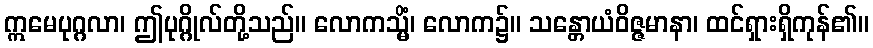
ဣမေပုဂ္ဂလာ၊ ဤပုဂ္ဂိုလ်တို့သည်။ လောကသ္မိံ၊ လောက၌။ သန္တောယံဝိဇ္ဇမာနာ၊ ထင်ရှားရှိကုန်၏။